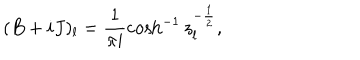
( B + i J ) _ { l } = \frac 1 { \pi i } \cosh ^ { - 1 } z _ { l } ^ { - \frac 1 2 } ,